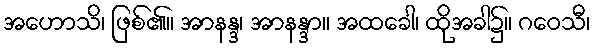
အဟောသိ၊ ဖြစ်၏။ အာနန္ဒ၊ အာနန္ဒာ။ အထခေါ၊ ထိုအခါ၌။ ဂဝေသီ၊